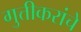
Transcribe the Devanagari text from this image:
गुत्तीकरांचे